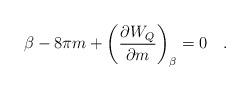
LaTeX: \begin{align*}\beta - 8\pi m + \left({\partial W_Q \over \partial m}\right)_{\beta}=0~~~.\end{align*}